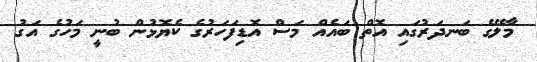
މާލޭގެ ބަނދަރުގައި އޮތް ބައެއް މަސް އޮޑިފަހަރުގެ ކެޔޮޅުން ބުނީ މަހުގެ އަގު